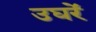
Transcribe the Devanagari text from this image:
उघरें